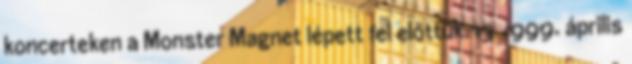
koncerteken a Monster Magnet lépett fel előttük. 13 1999. április